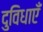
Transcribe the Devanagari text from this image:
दुविधाएँ